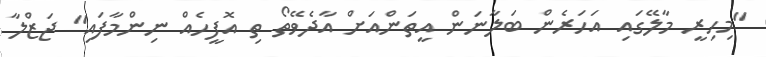
"މިހިރީ މާލޭގައި އަހަރެން ބަލާނަން އީތަންއަށް އާދެވޭތޯ ތި އޮފީހެއް ނިންމާފައި" ޖަޒްލާ